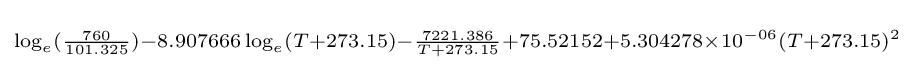
\scriptstyle \log _{e}({\frac {760}{101.325}})-8.907666\log _{e}(T+273.15)-{\frac {7221.386}{T+273.15}}+75.52152+5.304278\times 10^{-06}(T+273.15)^{2}